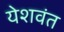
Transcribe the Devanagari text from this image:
येशवंत